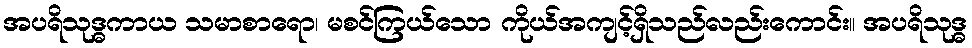
အပရိသုဒ္ဓကာယ သမာစာရော၊ မစင်ကြယ်သော ကိုယ်အကျင့်ရှိသည်လည်းကောင်း။ အပရိသုဒ္ဓ